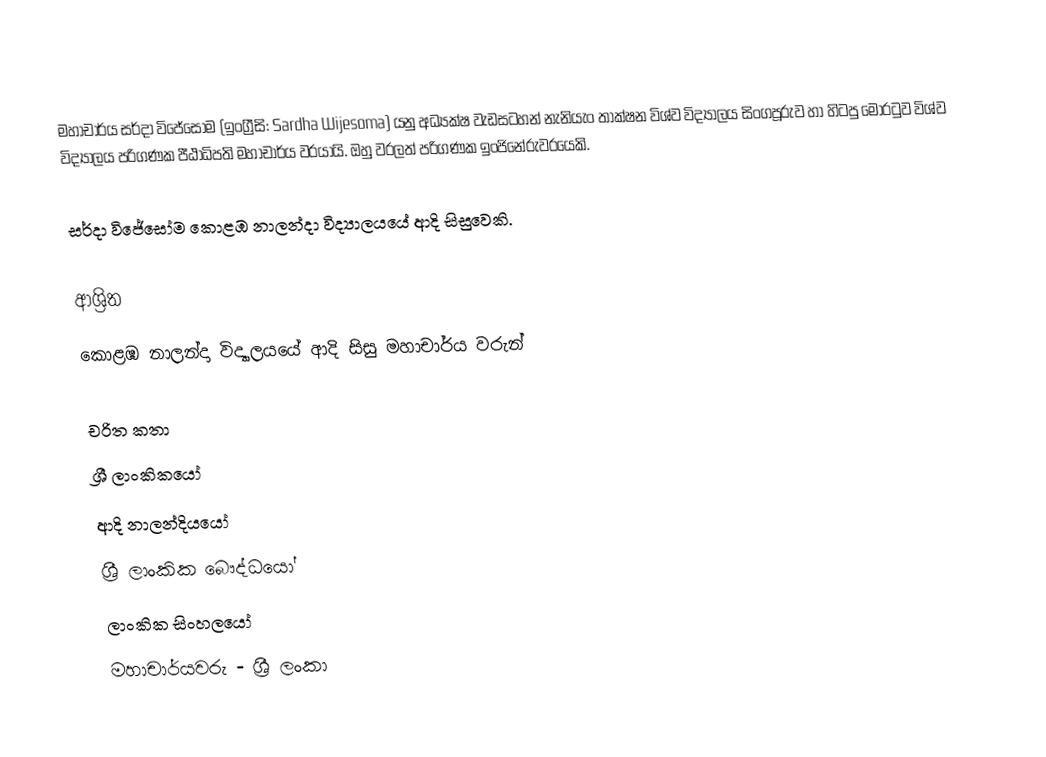
මහාචාර්ය සර්දා විජේසෝම (ඉංග්‍රීසි: Sardha Wijesoma) යනු අධ්‍යක්ෂ වැඩසටහන් නැනියැං තාක්ෂන විශ්ව විද්‍යාලය සිංගපූරුව හා හිටපු මොරටුව විශ්ව විද්‍යාලය පරිගණක පීඨාධිපති මහාචාර්ය  වරයායි. ඔහු වරලත් පරිගණක ඉංජිනේරුවරයෙකි.

සර්දා විජේසෝම  කොළඹ නාලන්දා විද්‍යාලයයේ ආදි සිසුවෙකි.

ආශ්‍රිත
 කොළඹ නාලන්දා විද්‍යාලයයේ ආදි සිසු මහාචාර්ය වරුන්

චරිත කතා
ශ්‍රී ලාංකිකයෝ
ආදි නාලන්දියයෝ
ශ්‍රී ලාංකික බෞද්ධයෝ
ලාංකික සිංහලයෝ
මහාචාර්යවරු - ශ්‍රී ලංකා